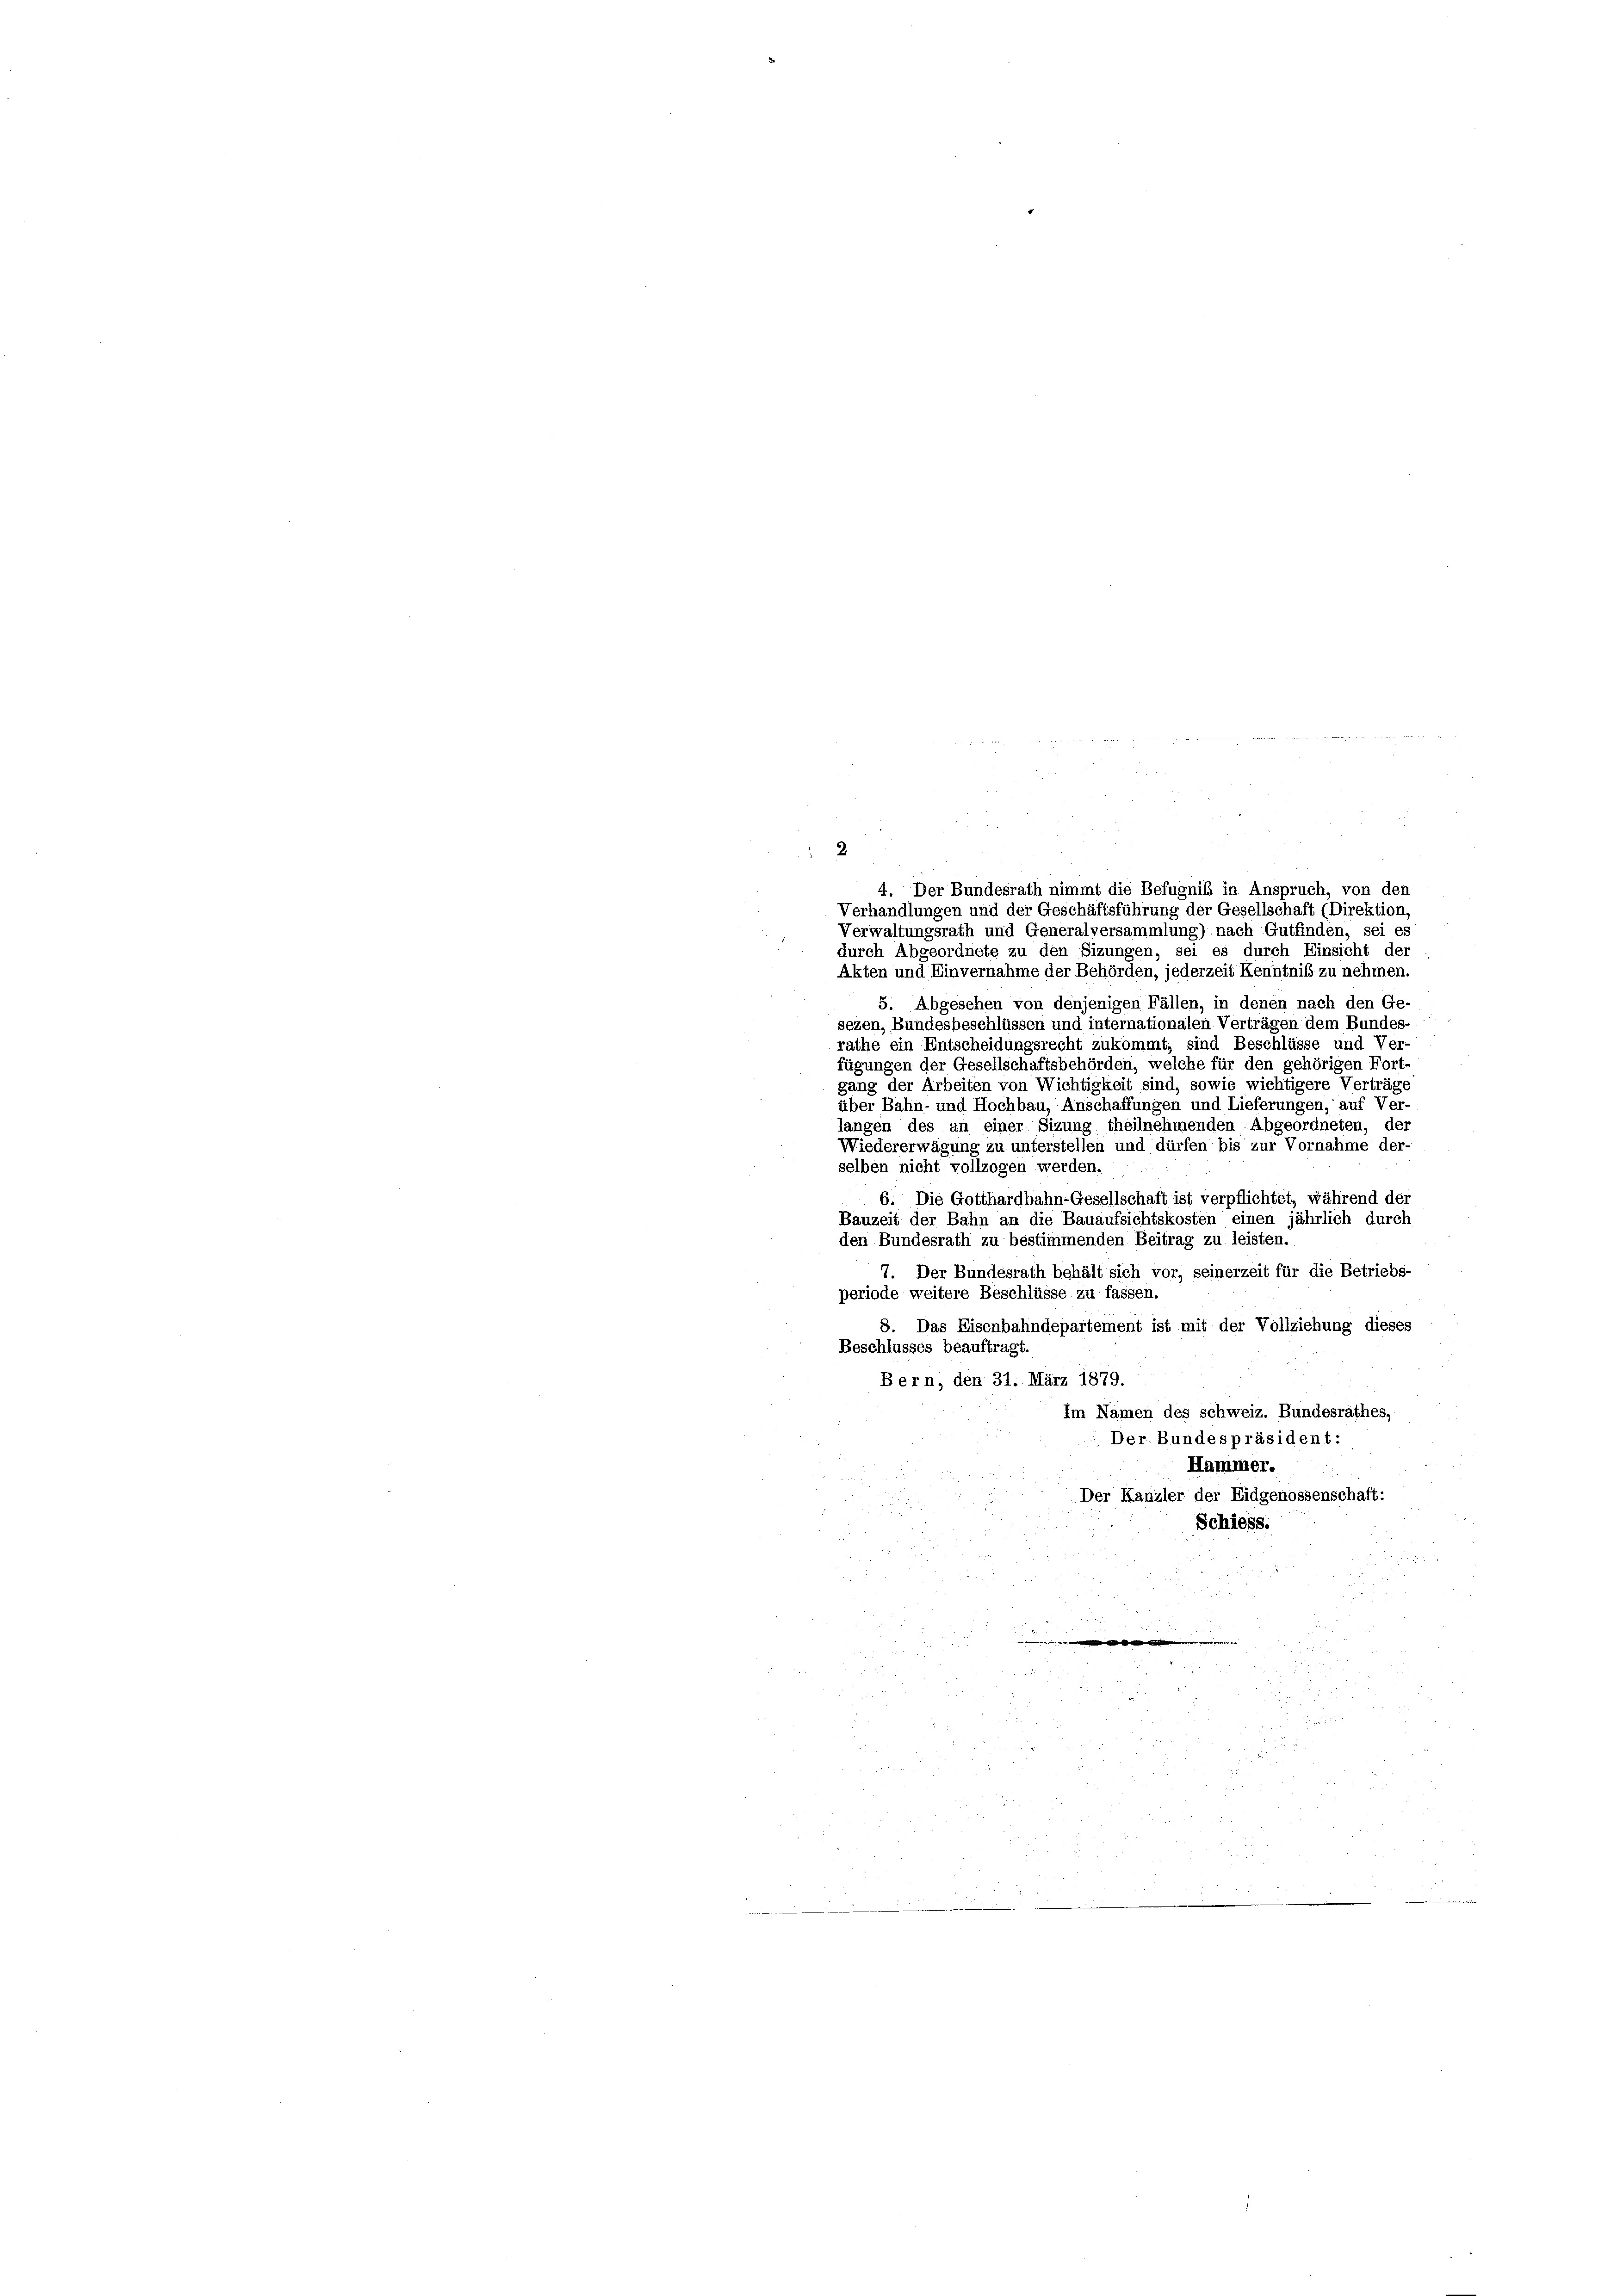
2

4. Der Bundesrath nimmt die Befugniß in Anspruch, von den
Verhandlungen und der Geschäftsführung der Gesellschaft (Direktion,
Verwaltungsrath und Generalversammlung) nach Gutfinden, sei es
durch Abgeordnete zu den Sizungen, sei es durch Einsicht der
Akten und Einvernahme der Behörden, jederzeit Kenntnis zu nehmen.
5. Abgesehen von denjenigen Fällen, in denen nach den Ge-
sezen, Bundesbeschlüssen und internationalen Verträgen dem Bundes-
rathe ein Entscheidungsrecht zukommt, sind Beschlüsse und Ver-
fügungen der Gesellschaftsbehörden, welche für den gehörigen Fort-
gang der Arbeiten von Wichtigkeit sind, sowie wichtigere Verträge
über Bahn- und Hochbau, Anschaffungen und Lieferungen, auf Ver-
langen des an einer Sizung theilnehmenden Abgeordneten, der
Wiedererwägung zu unterstellen und dürfen bis zur Vornahme der-
selben nicht vollzogen werden.
6. Die Gotthardbahn-Gesellschaft ist verpflichtet, während der
Bauzeit der Bahn an die Bauaufsichtskosten einen jährlich durch
den Bundesrath zu bestimmenden Beitrag zu leisten.
7. Der Bundesrath behält sich vor, seinerzeit für die Betriebs-
periode weitere Beschlüsse zu fassen.
8. Das Eisenbahndepartement ist mit der Vollziehung dieses
Beschlusses beauftragt.
Bern, den 31. März 1879.
Im Namen des schweiz. Bundesrathes,
Der. Bundespräsident:
Hammer.
Der Kanzler der Eidgenossenschaft:
Schiess.
.

i